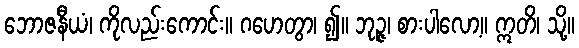
ဘောဇနီယံ၊ ကိုလည်းကောင်း။ ဂဟေတွာ၊ ၍။ ဘုဉ္ဇ၊ စားပါလော့။ ဣတိ၊ သို့။